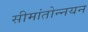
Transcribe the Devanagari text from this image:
सीमांतोन्नयन